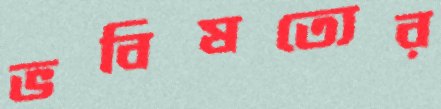
ভবিষত্যের